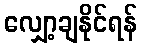
လျှော့ချနိုင်ရန်